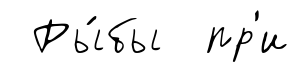
Ры́бы пр'и